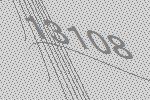
13108